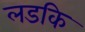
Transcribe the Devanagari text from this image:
लडकि